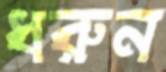
ধরুন